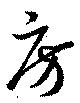
房